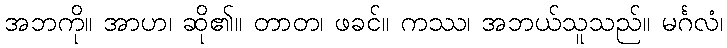
အဘကို။ အာဟ၊ ဆို၏။ တာတ၊ ဖခင်။ ကဿ၊ အဘယ်သူသည်။ မင်္ဂလံ၊